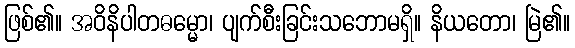
ဖြစ်၏။ အဝိနိပါတဓမ္မော၊ ပျက်စီးခြင်းသဘောမရှိ။ နိယတော၊ မြဲ၏။